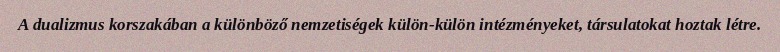
A dualizmus korszakában a különböző nemzetiségek külön-külön intézményeket, társulatokat hoztak létre.